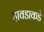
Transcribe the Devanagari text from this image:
हावडाकडे